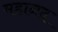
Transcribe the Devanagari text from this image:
महानद